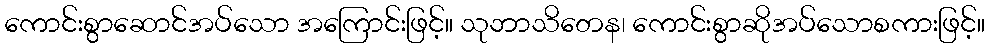
ကောင်းစွာဆောင်အပ်သော အကြောင်းဖြင့်။ သုဘာသိတေန၊ ကောင်းစွာဆိုအပ်သောစကားဖြင့်။